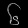
Digit: ၆